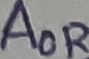
Text: AOR